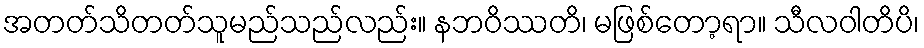
အတတ်သိတတ်သူမည်သည်လည်း။ နဘဝိဿတိ၊ မဖြစ်တော့ရာ။ သီလဝါတိပိ၊